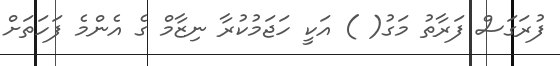
ފުރަގަސް ފަރާތު މަގު( ) އަކީ ހަޖަމުކުރާ ނިޒާމް ގެ އެންމެ ފަހަތަށް